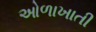
ઓળાખાતી